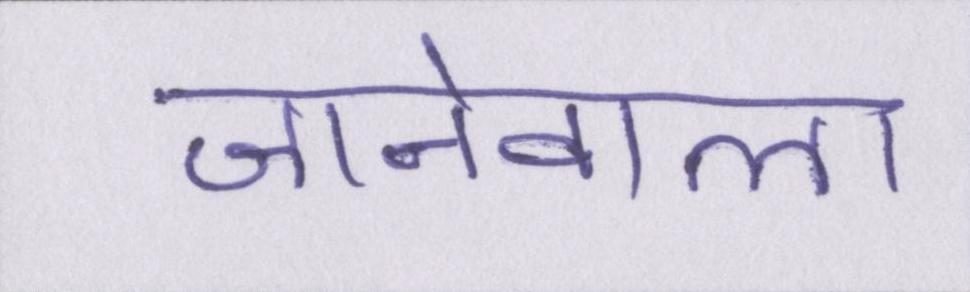
जानेवाला